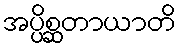
အပ္ပိစ္ဆတာယာတိ